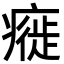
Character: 㿅